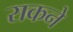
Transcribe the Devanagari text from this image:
राकने